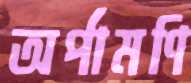
অর্পামণি